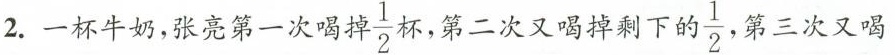
2.一杯牛奶，张亮第一次喝掉 \frac { 1 } { 2 } 杯，第二次又喝掉剩下 的\frac { 1 } { 2 } ， 第三次又喝